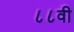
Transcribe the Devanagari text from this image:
८८वी